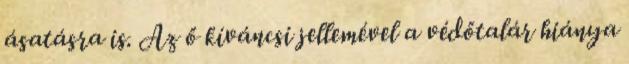
ásatásra is. Az ő kíváncsi jellemével a védőtalár hiánya